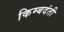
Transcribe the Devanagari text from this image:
किम्बदंती